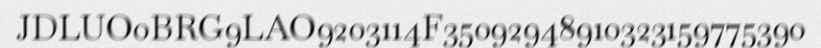
JDLUO0BRG9LAO9203114F35092948910323159775390